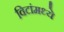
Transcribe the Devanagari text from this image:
विटांमध्ये